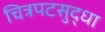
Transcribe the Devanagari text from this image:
चित्रपटसुद्धा